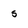
Character: s